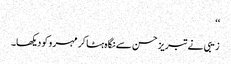
‘‘
زیبی نے تبریز حسن سے نگاہ ہٹا کر مہرو کو دیکھا۔